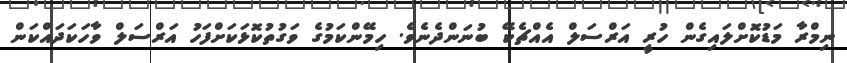
ނިމްރާ މަޑުކޮށްލައިގެން ހުރީ އަރްސަލް އެއްޗެކޭ ބުނަންދެނެވެ. ހިމޭންކަމުގެ ވަގުތުކޮޅަކަށްފަހު އަރްސަލް ވާހަކަދައްކަން